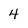
Character: 4